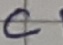
Text: C1